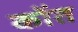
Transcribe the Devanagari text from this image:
कोंत